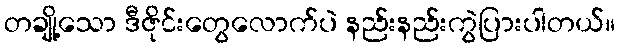
တချို့သော ဒီဇိုင်းတွေလောက်ပဲ နည်းနည်းကွဲပြားပါတယ်။